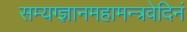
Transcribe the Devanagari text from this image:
सम्यग्ज्ञानमहामन्त्रवेदिनं